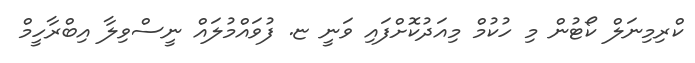
ކްރިމިނަލް ކޯޓުން މި ހުކުމް މިއަދުކޮށްފައި ވަނީ ޏ. ފުވައްމުލައް ނީސްވިލާ އިބްރާހީމް